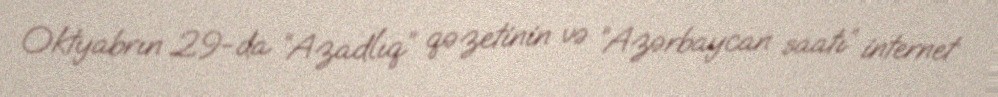
Oktyabrın 29-da “Azadlıq” qəzetinin və “Azərbaycan saatı” internet